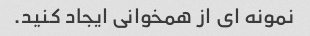
نمونه ای از همخوانی ایجاد کنید.